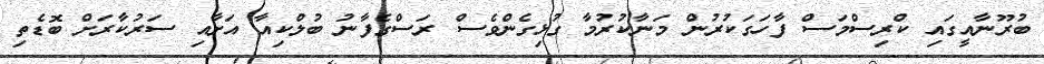
ބުރޫނާއީގައި ކްރިސްމަސް ފާހަގަކުރުން މަނާކުރުމާ ގުޅިގެންވެސް ރަސްގެފާނު ބުލްކިއާ އަށާއި ސަރުކާރަށް ބޮޑެތި